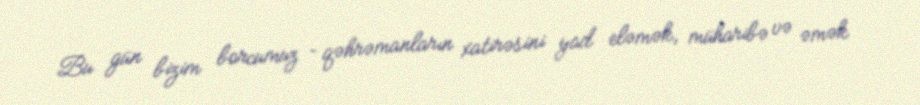
Bu gün bizim borcumuz – qəhrəmanların xatirəsini yad eləmək, müharibə və əmək